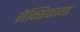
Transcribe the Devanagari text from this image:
सैक्सिफागा